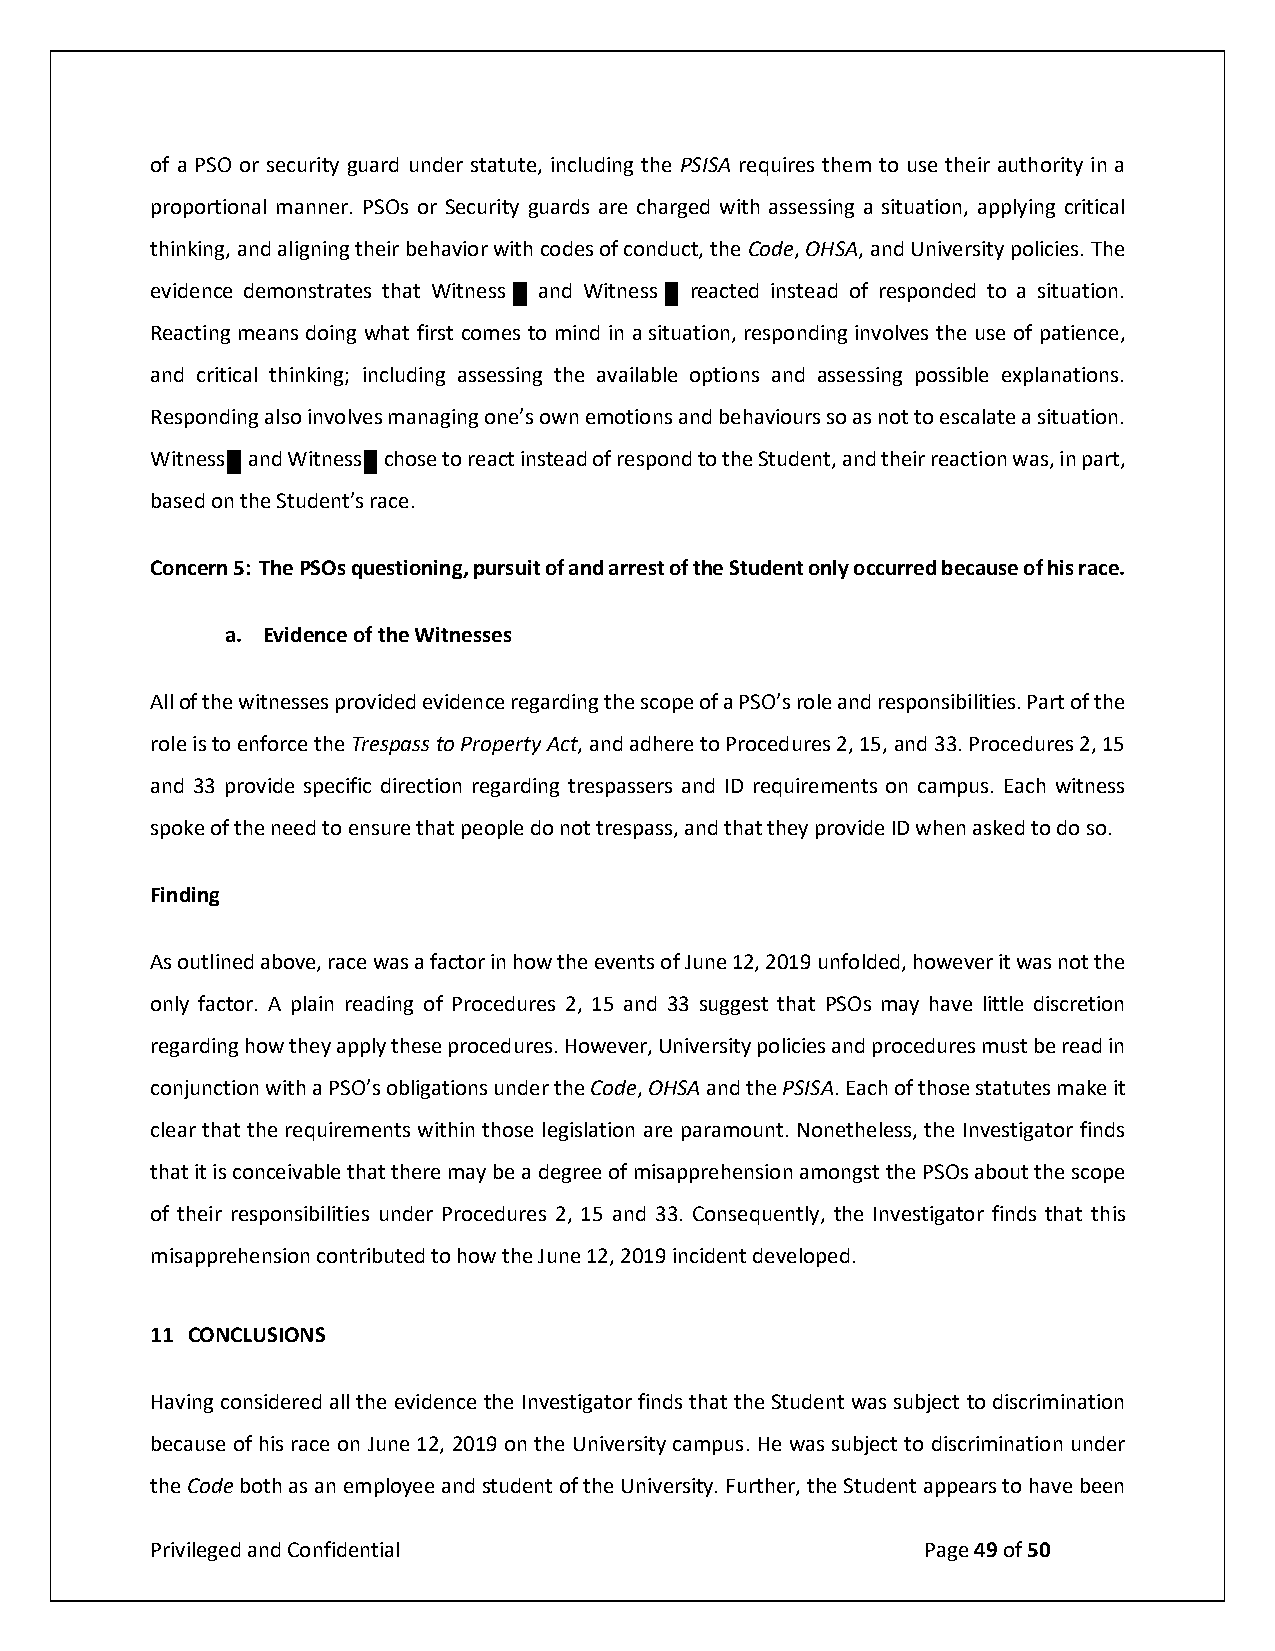
of a PSO or security guard under statute, including the PSISA requires them to use their authority in a
 proportional manner. PSOs or Security guards are charged with assessing a situation, applying critical
 thinking, and aligning their behavior with codes of conduct, the Code, OHSA, and University policies. The
 evidence demonstrates that Witness and Witness reacted instead of responded to a situation.
 Reacting means doing what first comes to mind in a situation, responding involves the use of patience,
 and critical thinking; including assessing the available options and assessing possible explanations.
 Responding also involves managing one’s own emotions and behaviours so as not to escalate a situation.
 Witness and Witness chose to react instead of respond to the Student, and their reaction was, in part,
 based on the Student’s race.
 Concern 5: The PSOs questioning, pursuit of and arrest of the Student only occurred because of his race.
 a. Evidence of the Witnesses
 All of the witnesses provided evidence regarding the scope of a PSO’s role and responsibilities. Part of the
 role is to enforce the Trespass to Property Act, and adhere to Procedures 2, 15, and 33. Procedures 2, 15
 and 33 provide specific direction regarding trespassers and ID requirements on campus. Each witness
 spoke of the need to ensure that people do not trespass, and that they provide ID when asked to do so.
 Finding
 As outlined above, race was a factor in how the events of June 12, 2019 unfolded, however it was not the
 only factor. A plain reading of Procedures 2, 15 and 33 suggest that PSOs may have little discretion
 regarding how they apply these procedures. However, University policies and procedures must be read in
 conjunction with a PSO’s obligations under the Code, OHSA and the PSISA. Each of those statutes make it
 clear that the requirements within those legislation are paramount. Nonetheless, the Investigator finds
 that it is conceivable that there may be a degree of misapprehension amongst the PSOs about the scope
 of their responsibilities under Procedures 2, 15 and 33. Consequently, the Investigator finds that this
 misapprehension contributed to how the June 12, 2019 incident developed.
 11 CONCLUSIONS
 Having considered all the evidence the Investigator finds that the Student was subject to discrimination
 because of his race on June 12, 2019 on the University campus. He was subject to discrimination under
 the Code both as an employee and student of the University. Further, the Student appears to have been
 Privileged and Confidential                        Page 49 of 50